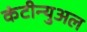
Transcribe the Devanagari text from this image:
कंटीन्युअल